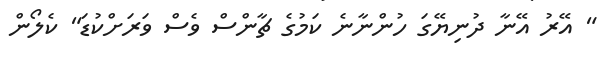
" އޭރު އޭނާ ދުނިޔޭގަ ހުންނާނެ ކަމުގެ ޗާންސް ވެސް ވަރަށްކުޑަ" ކެލޯން